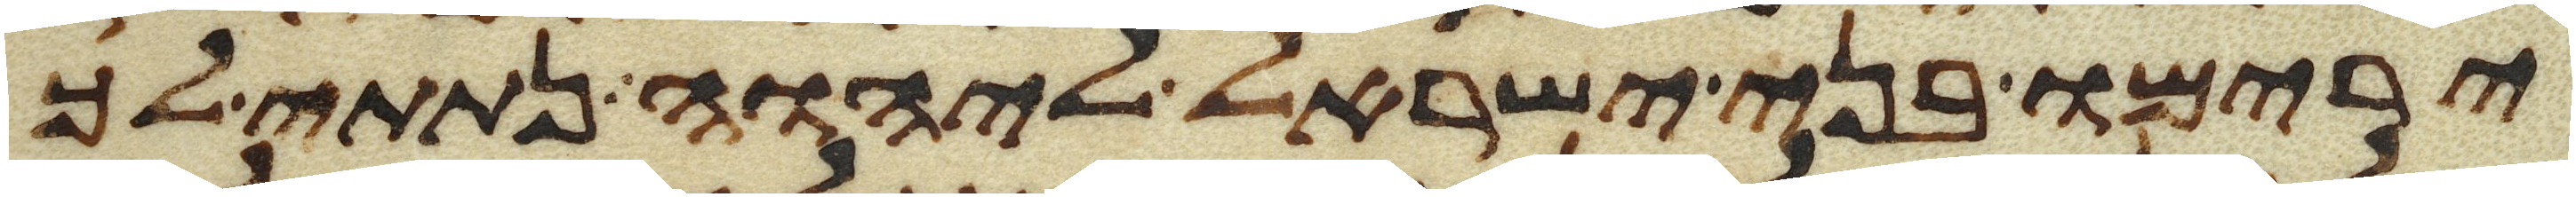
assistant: ירימו בני ישראל ליהוה נתתי לך